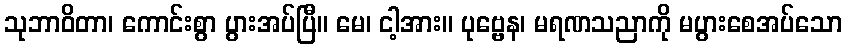
သုဘာဝိတာ၊ ကောင်းစွာ ပွားအပ်ပြီ။ မေ၊ ငါ့အား။ ပုဗ္ဗေန၊ မရဏသညာကို မပွားစေအပ်သော